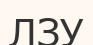
ЛЗУ